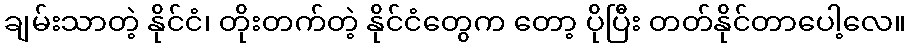
ချမ်းသာတဲ့ နိုင်ငံ၊ တိုးတက်တဲ့ နိုင်ငံတွေက တော့ ပိုပြီး တတ်နိုင်တာပေါ့လေ။